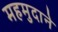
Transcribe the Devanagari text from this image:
महमुदाने